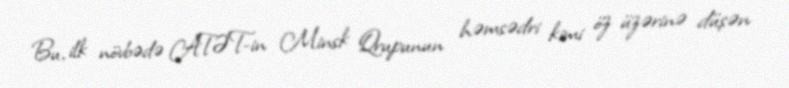
Bu, ilk növbədə ATƏT-in Minsk Qrupunun həmsədri kimi öz üzərinə düşən